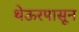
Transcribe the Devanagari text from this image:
थेऊरपासून